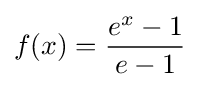
f(x)={\frac {e^{x}-1}{e-1}}